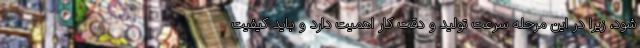
شود، زیرا در این مرحله سرعت تولید و دقت کار اهمیت دارد و باید کیفیت